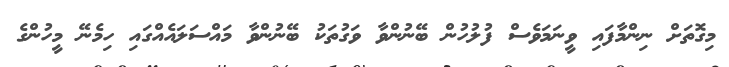
މިގޮތަށް ނިންމާފައި ވީނަމަވެސް ފުލުހުން ބޭނުންވާ ވަގުތަކު ބޭނުންވާ މައްސަލައެއްގައި ހިމެނޭ މީހުންގެ